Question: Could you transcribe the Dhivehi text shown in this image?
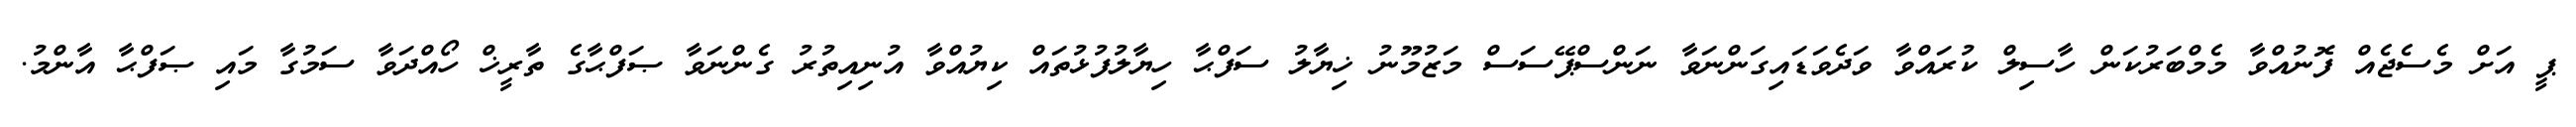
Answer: ޕީ އަށް މެސެޖެއް ފޮނުއްވާ މެމްބަރުކަން ހާސިލް ކުރައްވާ ވަދެވަޑައިގަންނަވާ ނަންސްޕޭސަސް މަޒުމޫނު ޚިޔާލު ސަފްޙާ ހިޔާލުފުޅުތައް ކިޔުއްވާ އުނިއިތުރު ގެންނަވާ ޞަފްޙާގެ ތާރީޚް ހޯއްދަވާ ސަމުގާ މައި ޞަފްޙާ އާންމު.